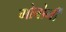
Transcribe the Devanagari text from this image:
गोबोर्नी